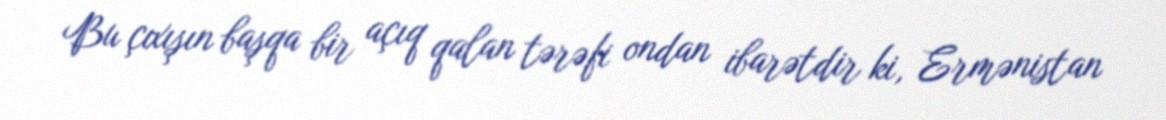
Bu çıxışın başqa bir açıq qalan tərəfi ondan ibarətdir ki, Ermənistan